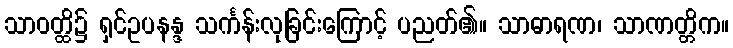
သာဝတ္ထိ၌ ရှင်ဥပနန္ဒ သင်္ကန်းလုခြင်းကြောင့် ပညတ်၏။ သာဓာရဏ၊ သာဏတ္တိက။